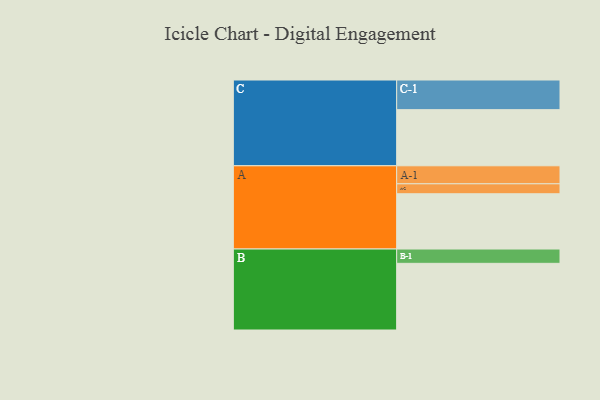
{"axis": {"x": "Segment", "y": "Value"}, "legend": ["", "A", "B", "C"], "data": [{"x": "A", "y": 494, "type": ""}, {"x": "B", "y": 596, "type": ""}, {"x": "C", "y": 502, "type": ""}, {"x": "A-1", "y": 161, "type": "A"}, {"x": "A-2", "y": 89, "type": "A"}, {"x": "B-1", "y": 128, "type": "B"}, {"x": "C-1", "y": 265, "type": "C"}]}